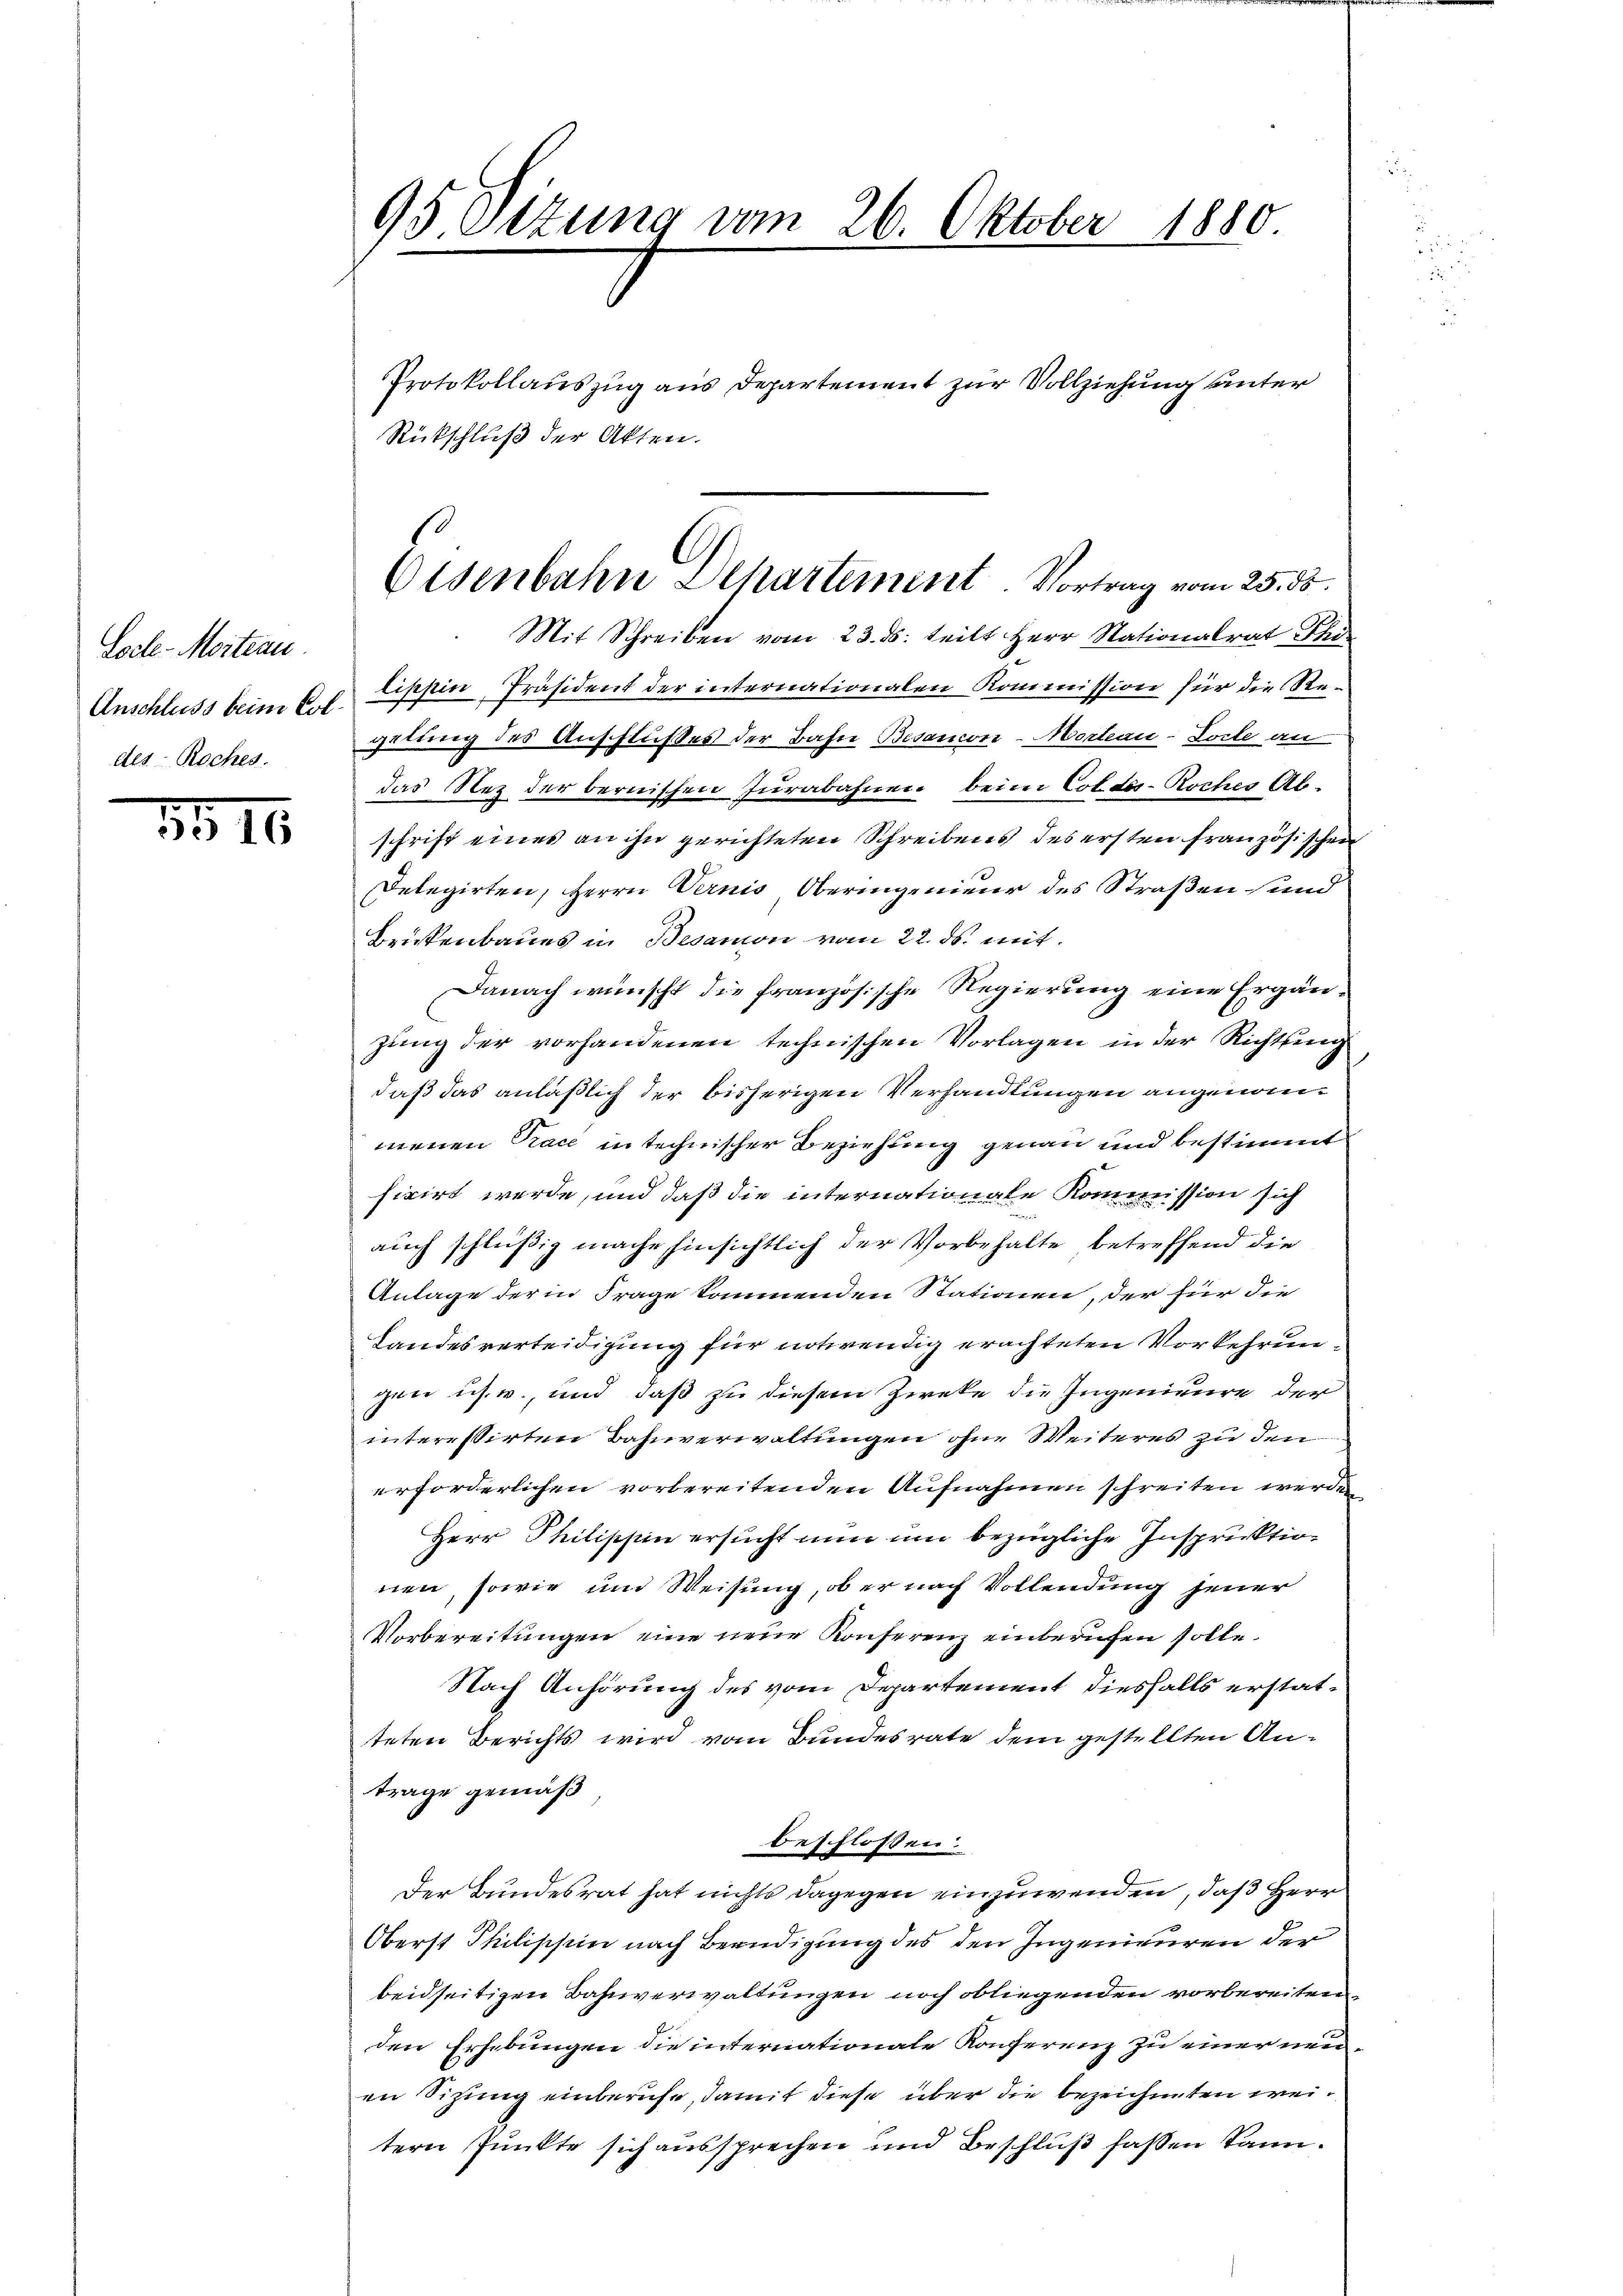
Locte-Mortern.
Anschluss beim Coldes Roches.

1916

95 Sizung vom 26. Oktober 1880.

Protokollauszug aus Departement zur Vollziehung unter
Rückschluß der Akten.
Mit Schreiben vom 23. ds. teilt Herr Stationalrat Philippin Präsident der internationalen Kommission für die Regetung des Anschlußes der Bahn Besancon-Morteau-Locte an
das Nez der bernischen Jurabahnen beim Col des-Roches Ab-
schrift eines an ihn gerichteten Schreibens des ersten französischen
Delegirten, Herrn Vernis Oberingenieur des Straßen sind
Brikenbaues in Besamon vom 22. ds. mit¬
Danach wünscht die französische Regierung eine Ergänzung der vorhandenen technischen Vorlagen in der Richtung
daß das anläßlich der bisherigen Verhandlungen angenom
menen Pace in technischer Beziehung genau und bestimmt
ficirt werde, und daß die internationale Kommission sich
auch schlüßig mache hinsichtlich der Vorbehalte betreffend die
Anlage der in Frage kommenden Stationen, der für die
Landesverteidigung für notwendig erachteten Vorkehrungen ich. w., und daß zu diesem Zweke die Ingenieure der
interessirten Bahnverwaltungen ohne Weiteres zu den
erforderlichen vorbereitenden Aufnahmen schreiten werden
Herr Philippin ersucht nun um bezügliche Inspruktion
nen, sowie und Weisung, ob er nach Vollendung jener
Vorbereitungen eine neue Konserenz einberufen solle.
Nach Anhörung des vom Departement diesfalls erstatteten Berichts wird vom Bundesrate dem gestellten Antrage gemäß
beschlossen:
Der Bundesrat hat nichts dagegen einzuwenden, daß Herr
Oberst Philischein nach Beendigung des den Ingenieuren der
beidseitigen Bahnverwaltungen noch obliegenden vorbereiten,
den Erhebungen die internationale Konferenz zu einer neuen Sizung einberufe, damit diese über die bezeichneten weitern Punkte sich aussprechen und Beschluß faßen kann.

Eisenbahn Departement. Vortrag vom 25. ds.